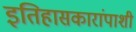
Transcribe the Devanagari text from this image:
इतिहासकारांपाशी